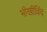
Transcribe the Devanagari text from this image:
भीखीविंद